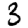
Digit: 3